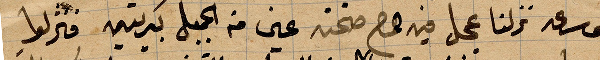
بنصف ساعة نزلنا عجل فيه .. صحته عين من الجبل ... فنزلوا